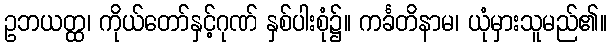
ဥဘယတ္ထ၊ ကိုယ်တော်နှင့်ဂုဏ် နှစ်ပါးစုံ၌။ ကင်္ခတိနာမ၊ ယုံမှားသူမည်၏။